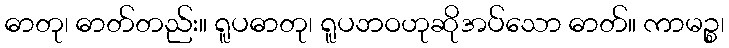
ဓာတု၊ ဓာတ်တည်း။ ရူပဓာတု၊ ရူပဘဝဟုဆိုအပ်သော ဓာတ်။ ကာမဉ္စ၊